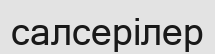
салсерілер